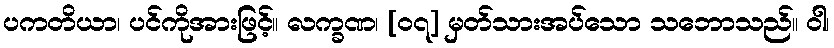
ပကတိယာ၊ ပင်ကိုအားဖြင့်။ လက္ခဏ၊ [၀၇] မှတ်သားအပ်သော သဘောသည်။ ဝါ၊